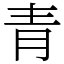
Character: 青